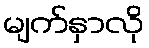
မျက်နှာလို